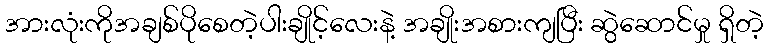
အားလုံးကိုအချစ်ပိုစေတဲ့ပါးချိုင့်လေးနဲ့ အချိုးအစားကျပြီး ဆွဲဆောင်မှု ရှိတဲ့